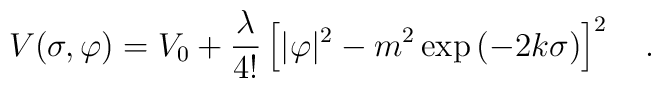
V(\sigma,\varphi) = V_0 + {\lambda \over 4!} \left[ |\varphi|^2 -m^2 \exp\left(- 2 k \sigma\right)\right]^2~~~.